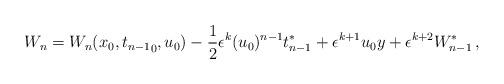
LaTeX: \begin{align*} W_n={W_n}(x_0,{t_{n-1}}_0,u_0) -\frac{1}{2} \epsilon^{k} (u_0)^{n-1} t_{n-1}^* + \epsilon^{k+1} u_0 {{y}} + \epsilon^{k+2} W_{n-1}^* \, ,\end{align*}